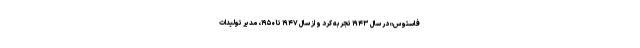
فاستوس» در سال ۱۹۴۳ تجربه کرد و از سال ۱۹۴۷ تا ۱۹۵۰، مدیر تولیدات